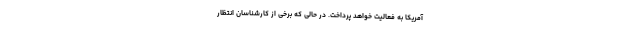
آمریکا به فعالیت خواهد پرداخت. در حالی که برخی از کارشناسان انتظار